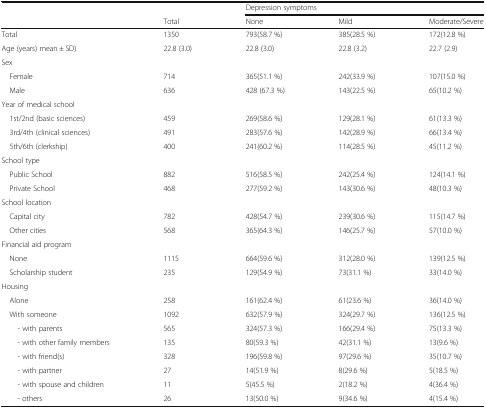
<table><thead><tr><td rowspan="2"></td><td></td><td colspan="3"><b>Depression symptoms</b></td></tr><tr><td><b>Total</b></td><td><b>None</b></td><td><b>Mild</b></td><td><b>Moderate/Severe</b></td></tr></thead><tbody><tr><td>Total</td><td>1350</td><td>793(58.7 %)</td><td>385(28.5 %)</td><td>172(12.8 %)</td></tr><tr><td>Age (years) mean ± SD)</td><td>22.8 (3.0)</td><td>22.8 (3.0)</td><td>22.8 (3.2)</td><td>22.7 (2.9)</td></tr><tr><td colspan="5">Sex</td></tr><tr><td> Female</td><td>714</td><td>365(51.1 %)</td><td>242(33.9 %)</td><td>107(15.0 %)</td></tr><tr><td> Male</td><td>636</td><td>428 (67.3 %)</td><td>143(22.5 %)</td><td>65(10.2 %)</td></tr><tr><td colspan="5">Year of medical school</td></tr><tr><td> 1st/2nd (basic sciences)</td><td>459</td><td>269(58.6 %)</td><td>129(28.1 %)</td><td>61(13.3 %)</td></tr><tr><td> 3rd/4th (clinical sciences)</td><td>491</td><td>283(57.6 %)</td><td>142(28.9 %)</td><td>66(13.4 %)</td></tr><tr><td> 5th/6th (clerkship)</td><td>400</td><td>241(60.2 %)</td><td>114(28.5 %)</td><td>45(11.2 %)</td></tr><tr><td colspan="5">School type</td></tr><tr><td> Public School</td><td>882</td><td>516(58.5 %)</td><td>242(25.4 %)</td><td>124(14.1 %)</td></tr><tr><td> Private School</td><td>468</td><td>277(59.2 %)</td><td>143(30.6 %)</td><td>48(10.3 %)</td></tr><tr><td colspan="5">School location</td></tr><tr><td> Capital city</td><td>782</td><td>428(54.7 %)</td><td>239(30.6 %)</td><td>115(14.7 %)</td></tr><tr><td> Other cities</td><td>568</td><td>365(64.3 %)</td><td>146(25.7 %)</td><td>57(10.0 %)</td></tr><tr><td colspan="5">Financial aid program</td></tr><tr><td> None</td><td>1115</td><td>664(59.6 %)</td><td>312(28.0 %)</td><td>139(12.5 %)</td></tr><tr><td> Scholarship student</td><td>235</td><td>129(54.9 %)</td><td>73(31.1 %)</td><td>33(14.0 %)</td></tr><tr><td colspan="5">Housing</td></tr><tr><td> Alone</td><td>258</td><td>161(62.4 %)</td><td>61(23.6 %)</td><td>36(14.0 %)</td></tr><tr><td> With someone</td><td>1092</td><td>632(57.9 %)</td><td>324(29.7 %)</td><td>136(12.5 %)</td></tr><tr><td>- with parents</td><td>565</td><td>324(57.3 %)</td><td>166(29.4 %)</td><td>75(13.3 %)</td></tr><tr><td>- with other family members</td><td>135</td><td>80(59.3 %)</td><td>42(31.1 %)</td><td>13(9.6 %)</td></tr><tr><td>- with friend(s)</td><td>328</td><td>196(59.8 %)</td><td>97(29.6 %)</td><td>35(10.7 %)</td></tr><tr><td>- with partner</td><td>27</td><td>14(51.9 %)</td><td>8(29.6 %)</td><td>5(18.5 %)</td></tr><tr><td>- with spouse and children</td><td>11</td><td>5(45.5 %)</td><td>2(18.2 %)</td><td>4(36.4 %)</td></tr><tr><td>- others</td><td>26</td><td>13(50.0 %)</td><td>9(34.6 %)</td><td>4(15.4 %)</td></tr></tbody></table>